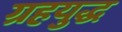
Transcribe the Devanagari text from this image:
ग्रहयुद्ध